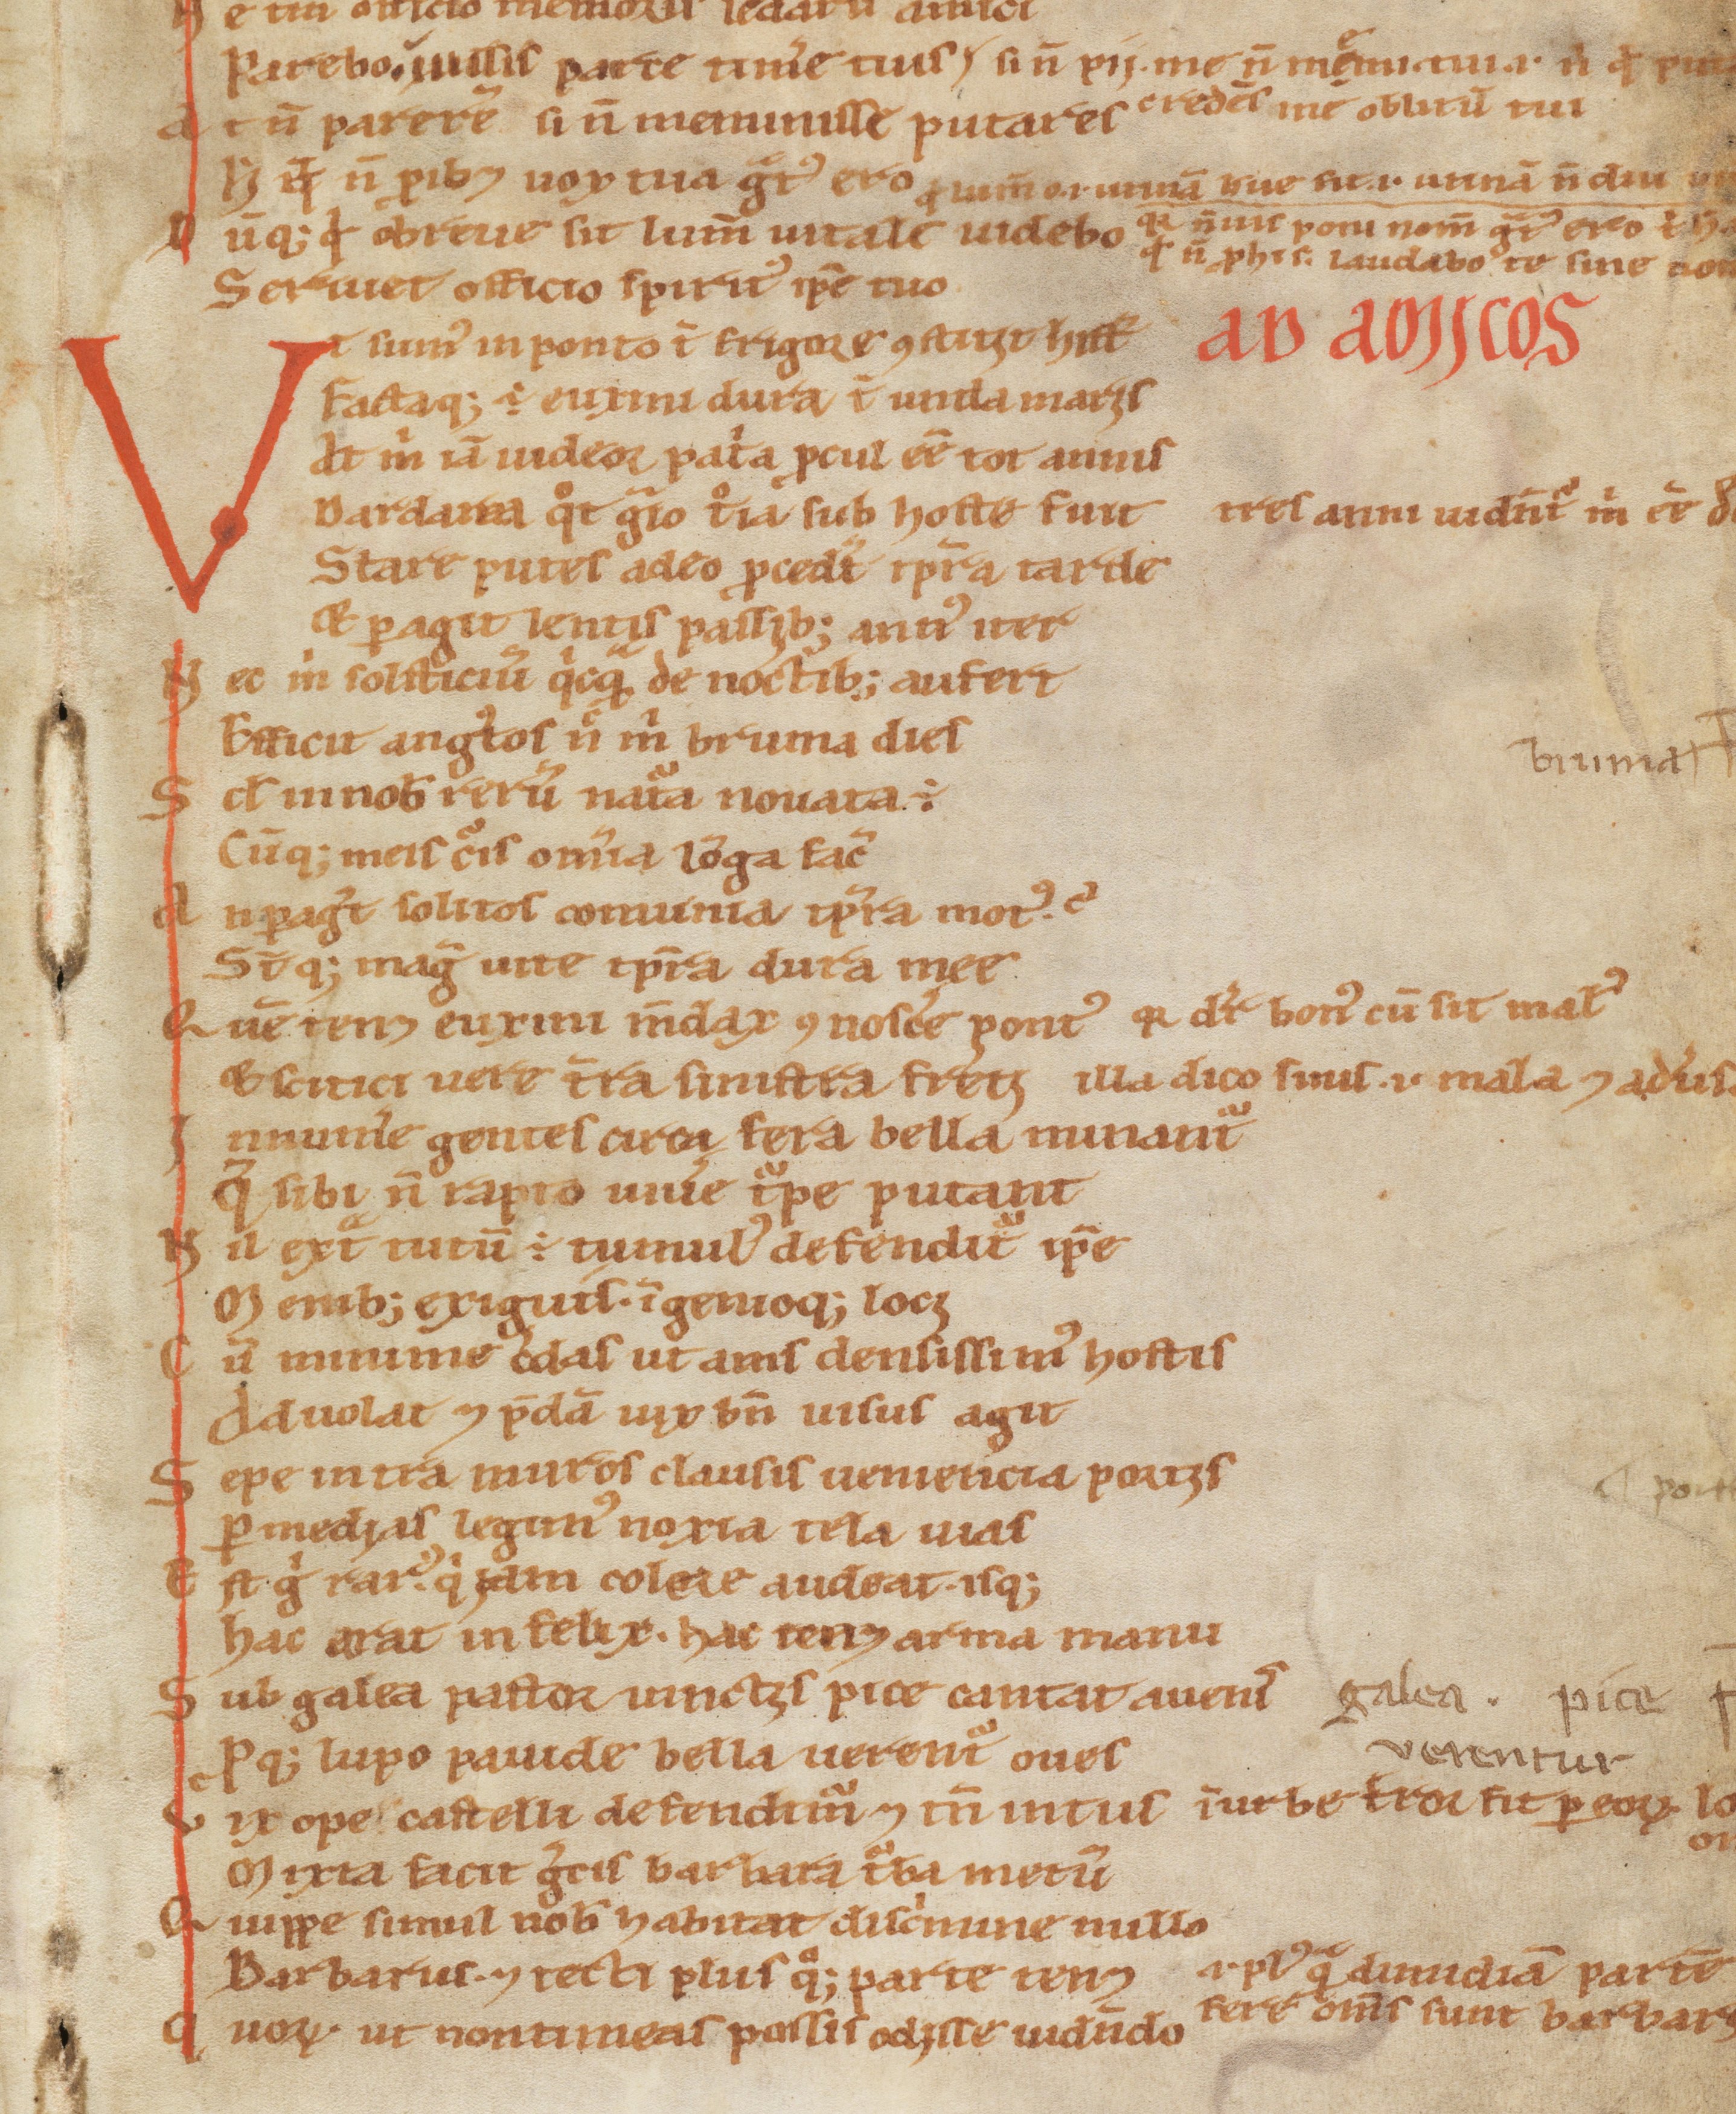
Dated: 1100–1199